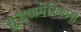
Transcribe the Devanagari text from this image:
सुडअमेरिकाना